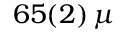
6 5 ( 2 ) \, \mu